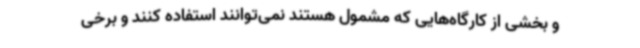
و بخشی از کارگاه‌هایی که مشمول هستند نمی‌توانند استفاده کنند و برخی